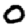
Digit: 0